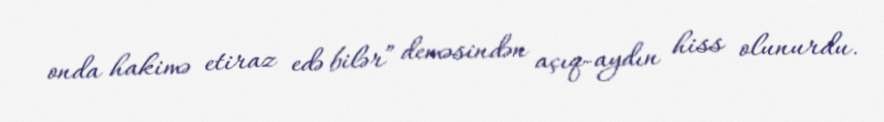
onda hakimə etiraz edə bilər” deməsindən açıq-aydın hiss olunurdu.